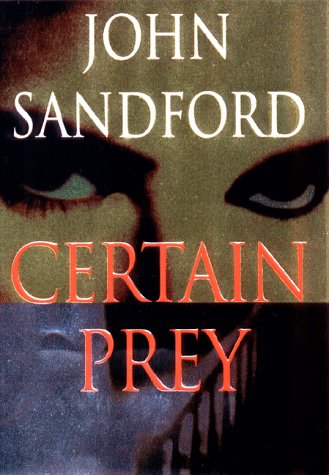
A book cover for Certain Prey; John Sandford; Literature & Fiction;